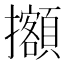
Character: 𢹷